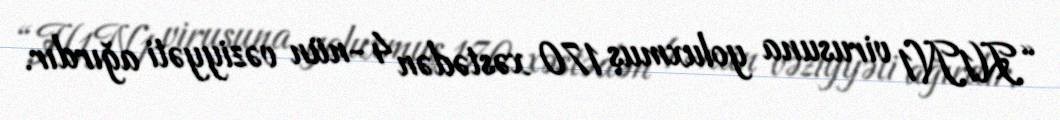
“H1N1 virusuna yoluxmuş 170 xəstədən 4-nün vəziyyəti ağırdır.